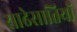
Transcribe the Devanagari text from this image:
साढेसातियों